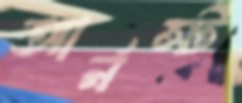
আর্নস্ট